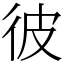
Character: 彼